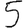
Digit: 5